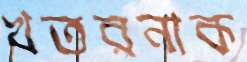
খতরনাক